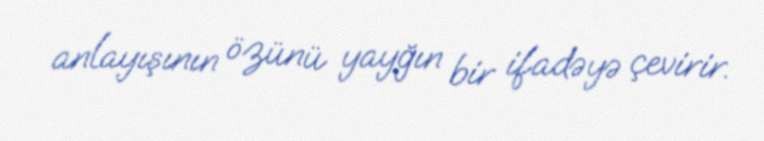
anlayışının özünü yayğın bir ifadəyə çevirir.